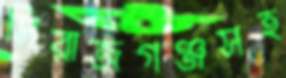
সিরাজগঞ্জসহ